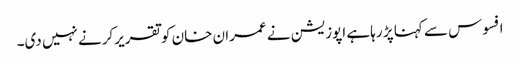
افسوس سے کہنا پڑ رہا ہے اپوزیشن نے عمران خان کوتقریرکرنے نہیں دی۔